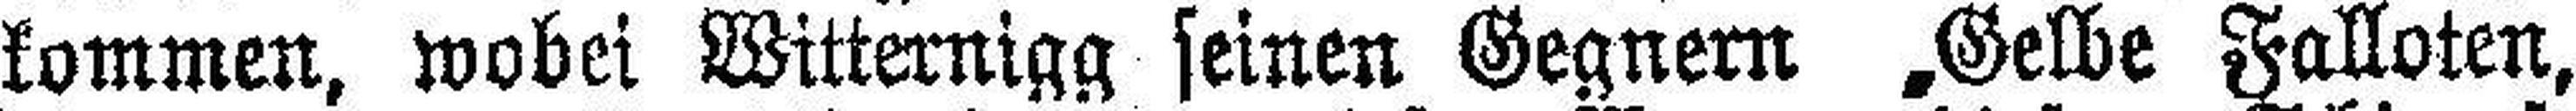
kommen, wobei Witternigg seinen Gegnern „Gelbe Falloten,